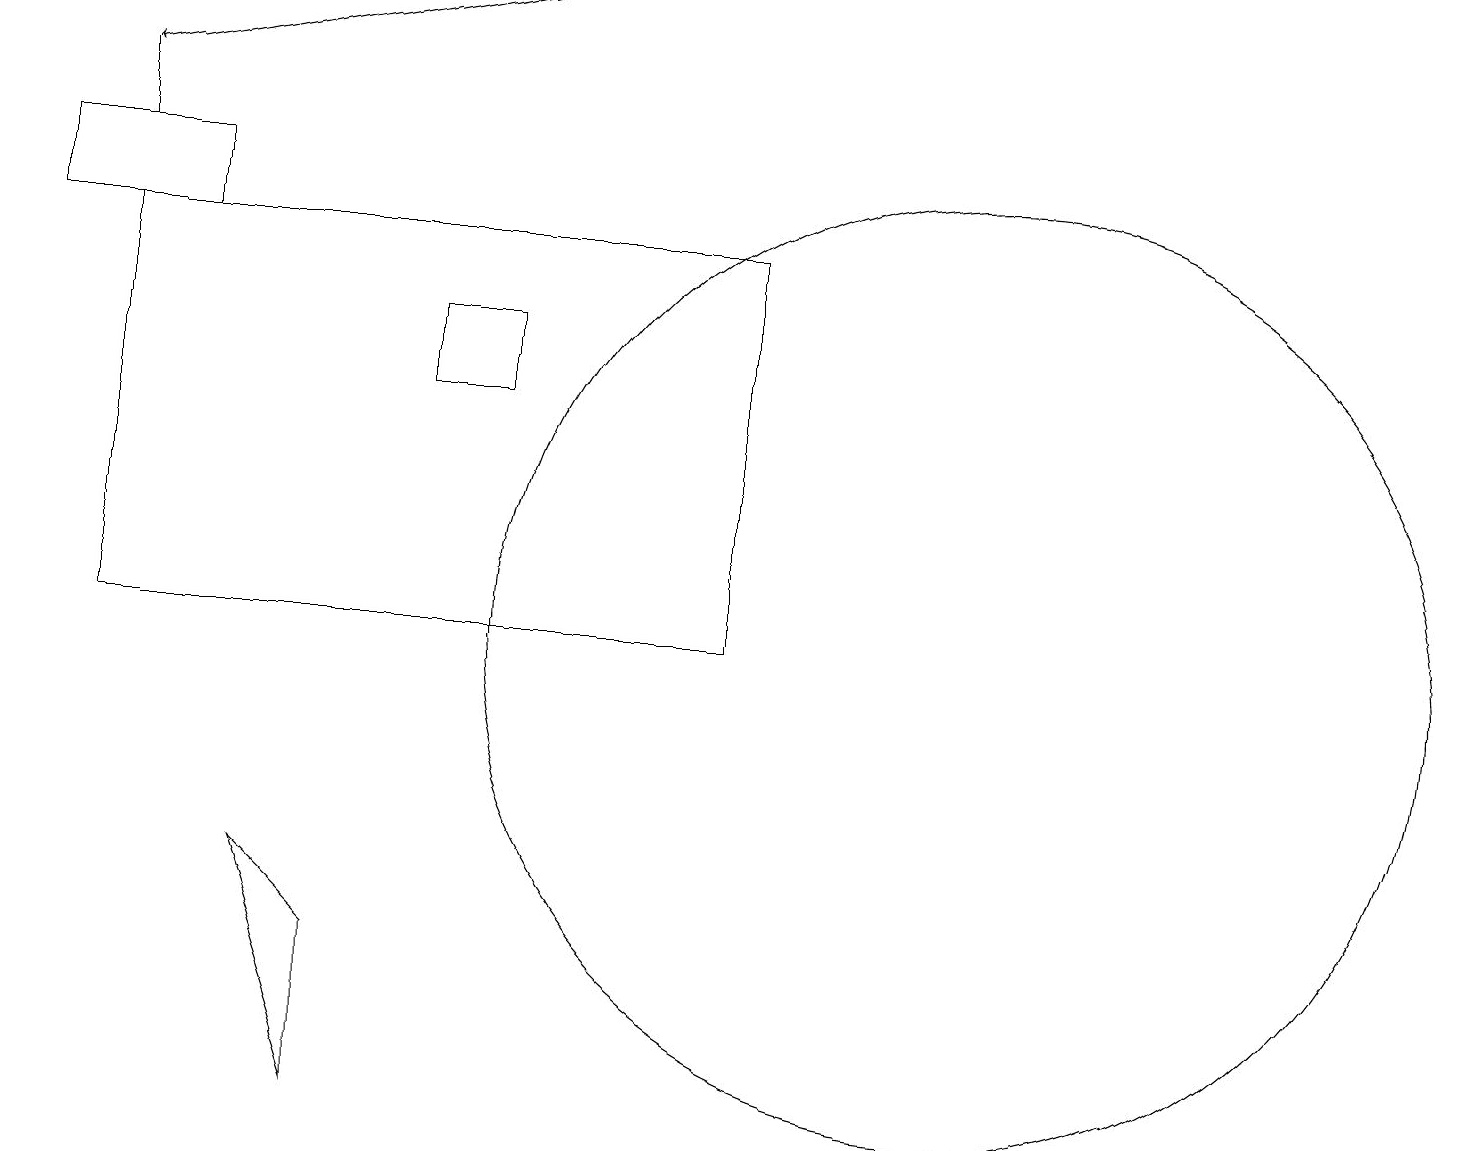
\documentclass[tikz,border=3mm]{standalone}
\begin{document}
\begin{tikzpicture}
\draw (5,14) rectangle (6,15);
\draw (2,16) rectangle (0,17);
\draw (1,11) rectangle (9,16);
\draw (1,17) rectangle (1,18);
\draw (4,5) -- (3,8) -- (4,7) -- cycle;
\draw (12,11) circle (6);
\draw[->] (6,19) -- (1,18);
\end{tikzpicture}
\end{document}